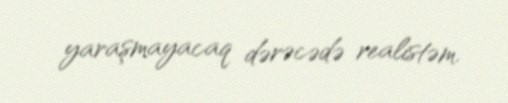
yaraşmayacaq dərəcədə realistəm.